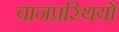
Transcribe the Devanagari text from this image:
वानप्रस्थियों